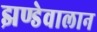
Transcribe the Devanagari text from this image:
झण्डेवालान